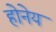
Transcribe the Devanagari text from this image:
होनेय